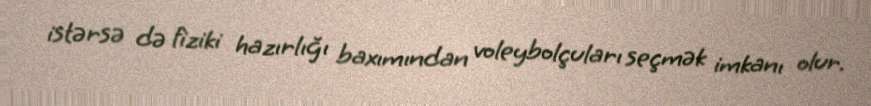
istərsə də fiziki hazırlığı baxımından voleybolçuları seçmək imkanı olur.